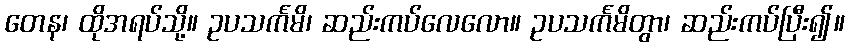
တေန၊ ထိုအရပ်သို့။ ဥပသင်္ကမိ၊ ဆည်းကပ်လေလော။ ဥပသင်္ကမိတွာ၊ ဆည်းကပ်ပြီး၍။